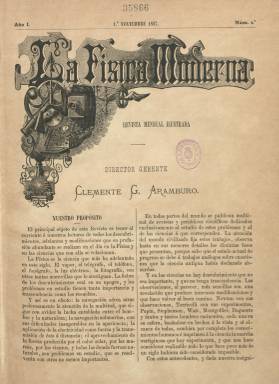
Título: La Física moderna
Colección: Ciencias
Ámbito geográfico: Madrid
Lugar de publicación: Madrid
Fechas: 01/11/1887-31/03/1889

En noviembre de 1887 nacía esta revista que, obviamente, no tenía nada que ver con lo que nosotros conocemos como física moderna, es decir, la mecánica cuántica o la teoría de la relatividad, conceptos aparecidos en el siglo XX. En el caso de esta publicación de finales del siglo XIX el adjetivo moderna se refería a los entonces recientes descubrimientos científicos en el campo del electromagnetismo, sobre todo, y a sus múltiples aplicaciones prácticas traducidas en inventos útiles.

   En su primer número, la revista daba cuenta de su razón de ser: “La Física es la ciencia que más ha adelantado en este siglo. El vapor, el telégrafo, el teléfono, el fonógrafo, la luz eléctrica, la fotografía son otras tantas maravillas que lo atestiguan. La fiebre de los descubrimientos está en su apogeo, y los problemas en estudio tienen tanta importancia y trascendencia como los resueltos”.

  De periodicidad mensual y 16 páginas por número, incluía numerosos grabados de aparatos e instrumentos, gráficos, imágenes de experimentos, y en su última página solía publicar un boletín bibliográfico con los libros y publicaciones periódicas de reciente aparición relacionados con las ciencias, y en particular con la física. Más adelante, su última página incluyó problemas de física cuya respuesta era enviada a la redacción por los lectores, generalmente alumnos de las escuelas politécnicas.

  Algunos ejemplos muestran que la revista tenía un nivel muy aceptable para la España de la época. En su número 1 informaba de la creación del  Instituto Central Meteorológico, con el que España aspiraba a situarse al nivel de las más avanzadas naciones europeas en la predicción del tiempo. En el 4, de febrero de 1888, abría su portada con la descripción del fonógrafo recién inventado por Edison con un grabado del mismo, y en el siguiente número de marzo informaba del experimento del péndulo de Foucault y, en otro artículo, dedicado a la fotografía, insertaba una instantánea que refleja lo avanzada que estaba la técnica fotográfica.

     Impresa en la Escuela Tipográfica del Hospicio, el director gerente de la publicación era Clemente G. Aramburo, un industrial madrileño que junto con su hermano regentaba un establecimiento de instrumentos de precisión en la calle del Príncipe donde se hacían mediciones meteorológicas, como la temperatura del día, recogidas por los diarios de la época.

    Eran ópticos proveedores de la Casa Real y de los principales institutos y academias civiles y militares de España y su establecimiento pasaba por ser el mejor de Madrid. Su inauguración, el 11 de noviembre de 1882, fue recogida por la prensa. Así en La Época leemos que en sus elegantes escaparates podían verse desde  aparatos de física a lámparas eléctricas y desde un telescopio complejo hasta una simple lente. Hacía diez años que habían empezado su negocio en una pequeña tienda y, según cuenta dicho periódico, habían podido hacer una gran inversión en el nuevo establecimiento ahorrando a base de dormir en la tienda para no pagar casa y gastando solo tres pesetas diarias en comer ellos con su aprendiz.

   El negocio debió ir bien, dado que unos años después se lanzaron a editar la revista La Física moderna. Pero la aventura editorial duró poco y la razón pudo ser la disolución de la sociedad de los hermanos en diciembre de 1889, pasando el establecimiento de óptica a ser propiedad de la viuda de Aramburo, según leemos en La Época.

    El último número de la revista que conserva la BNE es de marzo de 1889 y no parece que esta excelente publicación se prolongara mucho más.

[Descripción publicada el 14/6/2018]